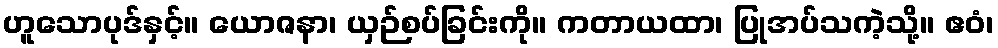
ဟူသောပုဒ်နှင့်။ ယောဇနာ၊ ယှဉ်စပ်ခြင်းကို။ ကတာယထာ၊ ပြုအပ်သကဲ့သို့။ ဧဝံ၊